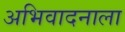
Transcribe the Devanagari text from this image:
अभिवादनाला